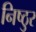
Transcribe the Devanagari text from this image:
निष्‍ठुर